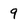
Character: 9